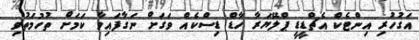
އަގުހުރި އިންޓެކް އެޗްޑީޑީ ޕްލޭޔަރާ ހާޑް ޑިސްކެއް ވަގަށް ނަގާފައިވާ ކަމަށް ތުހުމަތުވި